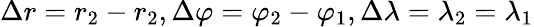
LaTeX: \Delta r=r_{2}-r_{2},\Delta\varphi=\varphi_{2}-\varphi_{1},\Delta\lambda=\lambda_{2}=\lambda_{1}